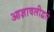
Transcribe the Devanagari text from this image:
आज्ञावलीद्वारे